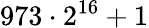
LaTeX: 973\cdot 2^{16}+1